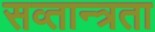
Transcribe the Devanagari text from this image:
सव्तान्त्रता